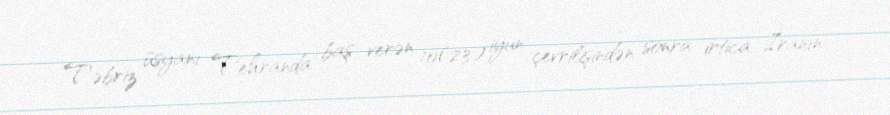
Təbriz üsyanı Tehranda baş verən 10(23) iyun çevrilişindən sonra irtica İranın